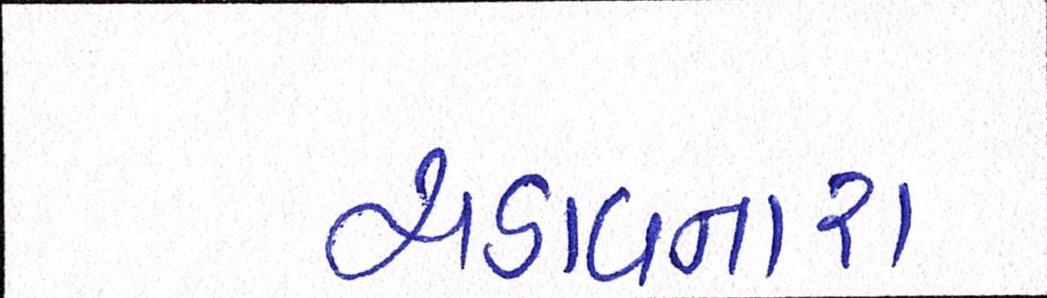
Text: ચડાવનારા